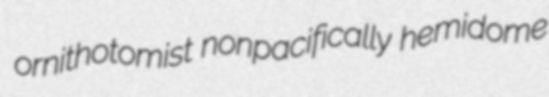
ornithotomist nonpacifically hemidome